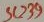
Text: SC39